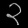
Digit: ၃